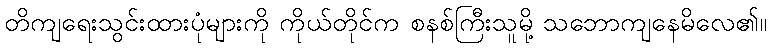
တိကျရေးသွင်းထားပုံများကို ကိုယ်တိုင်က စနစ်ကြီးသူမို့ သဘောကျနေမိလေ၏။